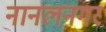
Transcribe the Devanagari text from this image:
नानलनगर